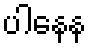
ပါနေန